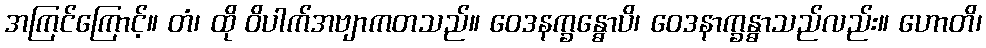
အကြင်ကြောင့်။ တံ၊ ထို ဝိပါက်အဗျာကတသည်။ ဝေဒနက္ခန္ဓောပိ၊ ဝေဒနာက္ခန္ဓာသည်လည်း။ ဟောတိ၊